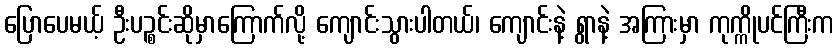
ပြောပေမယ့် ဦးပဉ္စင်းဆိုမှာကြောက်လို့ ကျောင်းသွားပါတယ်၊ ကျောင်းနဲ့ ရွာနဲ့ အကြားမှာ ကုက္ကိုပင်ကြီးက